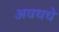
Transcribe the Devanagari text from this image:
अवधचे